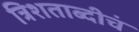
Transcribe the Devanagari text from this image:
त्रिशताब्दीचं